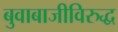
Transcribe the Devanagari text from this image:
बुवाबाजीविरुद्ध